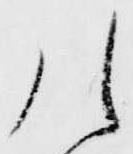
行